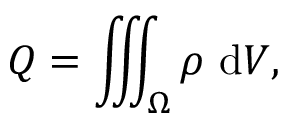
Q = \iiint _ { \Omega } \rho \ \mathrm { d } V ,